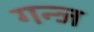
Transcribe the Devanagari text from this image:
गन्ज